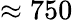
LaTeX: \approx 750